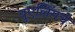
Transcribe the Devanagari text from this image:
वुएलिंगचे